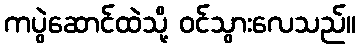
ကပွဲဆောင်ထဲသို့ ဝင်သွားလေသည်။